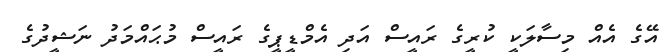
އޭގެ އެއް މިސާލަކީ ކުރީގެ ރައީސް އަދި އެމްޑީޕީގެ ރައީސް މުޙައްމަދު ނަޝީދުގެ